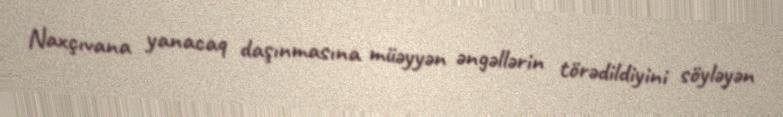
Naxçıvana yanacaq daşınmasına müəyyən əngəllərin törədildiyini söyləyən